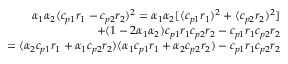
\begin{array} { r } { \alpha _ { 1 } \alpha _ { 2 } ( c _ { p 1 } r _ { 1 } - c _ { p 2 } r _ { 2 } ) ^ { 2 } = \alpha _ { 1 } \alpha _ { 2 } [ ( c _ { p 1 } r _ { 1 } ) ^ { 2 } + ( c _ { p 2 } r _ { 2 } ) ^ { 2 } ] } \\ { + ( 1 - 2 \alpha _ { 1 } \alpha _ { 2 } ) c _ { p 1 } r _ { 1 } c _ { p 2 } r _ { 2 } - c _ { p 1 } r _ { 1 } c _ { p 2 } r _ { 2 } } \\ { = ( \alpha _ { 2 } c _ { p 1 } r _ { 1 } + \alpha _ { 1 } c _ { p 2 } r _ { 2 } ) ( \alpha _ { 1 } c _ { p 1 } r _ { 1 } + \alpha _ { 2 } c _ { p 2 } r _ { 2 } ) - c _ { p 1 } r _ { 1 } c _ { p 2 } r _ { 2 } } \end{array}